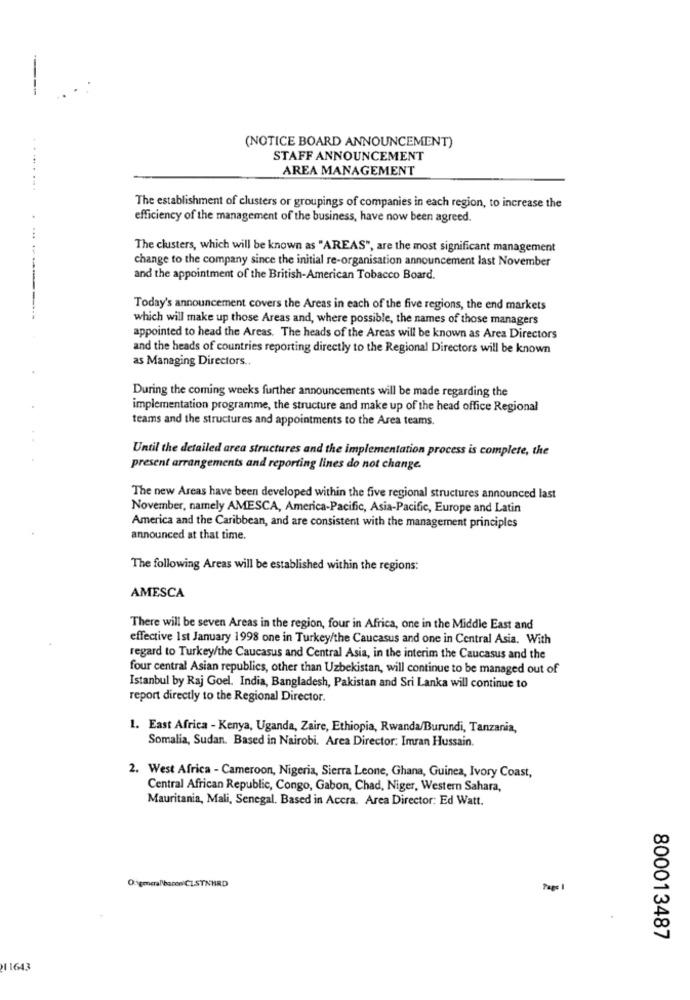
(NOTICE BOARD ANNOUNCEMENT)
STAFF ANNOUNCEMENT
AREA MANAGEMENT
The establishment of clusters or groupings of companies in each region, to increase the
efficiency of the management of the business, have now been agreed.
The clusters, which will be known as "AREAS", are the most significant management
change to the company since the initial re-organisation announcement last November
and the appointment of the British-American Tobacco Board.
Today's announcement covers the Areas in each of the five regions, the end markets
which will make up those Areas and, where possible, the names of those managers
appointed to head the Areas. The heads of the Areas will be known as Area Directors
and the heads of countries reporting directly to the Regional Directors will be known
as Managing Directors ..
During the coming weeks further announcements will be made regarding the
implementation programme, the structure and make up of the head office Regional
teams and the structures and appointments to the Area teams.
Until the detailed area structures and the implementation process is complete, the
present arrangements and reporting lines do not change.
The new Areas have been developed within the five regional structures announced last
November, namely AMESCA, America-Pacific, Asia-Pacific, Europe and Latin
America and the Caribbean, and are consistent with the management principles
announced at that time.
The following Areas will be established within the regions:
AMESCA
There will be seven Areas in the region, four in Africa, one in the Middle East and
effective 1st January 1998 one in Turkey/the Caucasus and one in Central Asia. With
regard to Turkey/the Caucasus and Central Asia, in the interim the Caucasus and the
four central Asian republics, other than Uzbekistan, will continue to be managed out of
Istanbul by Raj Goel. India, Bangladesh, Pakistan and Sri Lanka will continue to
report directly to the Regional Director.
1. East Africa - Kenya, Uganda, Zaire, Ethiopia, Rwanda/Burundi, Tanzania,
Somalia, Sudan. Based in Nairobi. Area Director: Imran Hussain.
2. West Africa - Cameroon, Nigeria, Sierra Leone, Ghana, Guinea, Ivory Coast,
Central African Republic, Congo, Gabon, Chad, Niger, Western Sahara,
Mauritania, Mali, Senegal. Based in Accra. Area Director: Ed Watt.
O:\genera/bacon CLSTNHRD
Page 1
800013487
1 1643